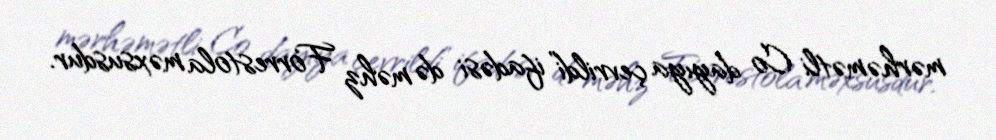
mərhəmətli Co dayıya çevrildi” ifadəsi də məhz Forrestola məxsusdur.